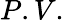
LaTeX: P.V.